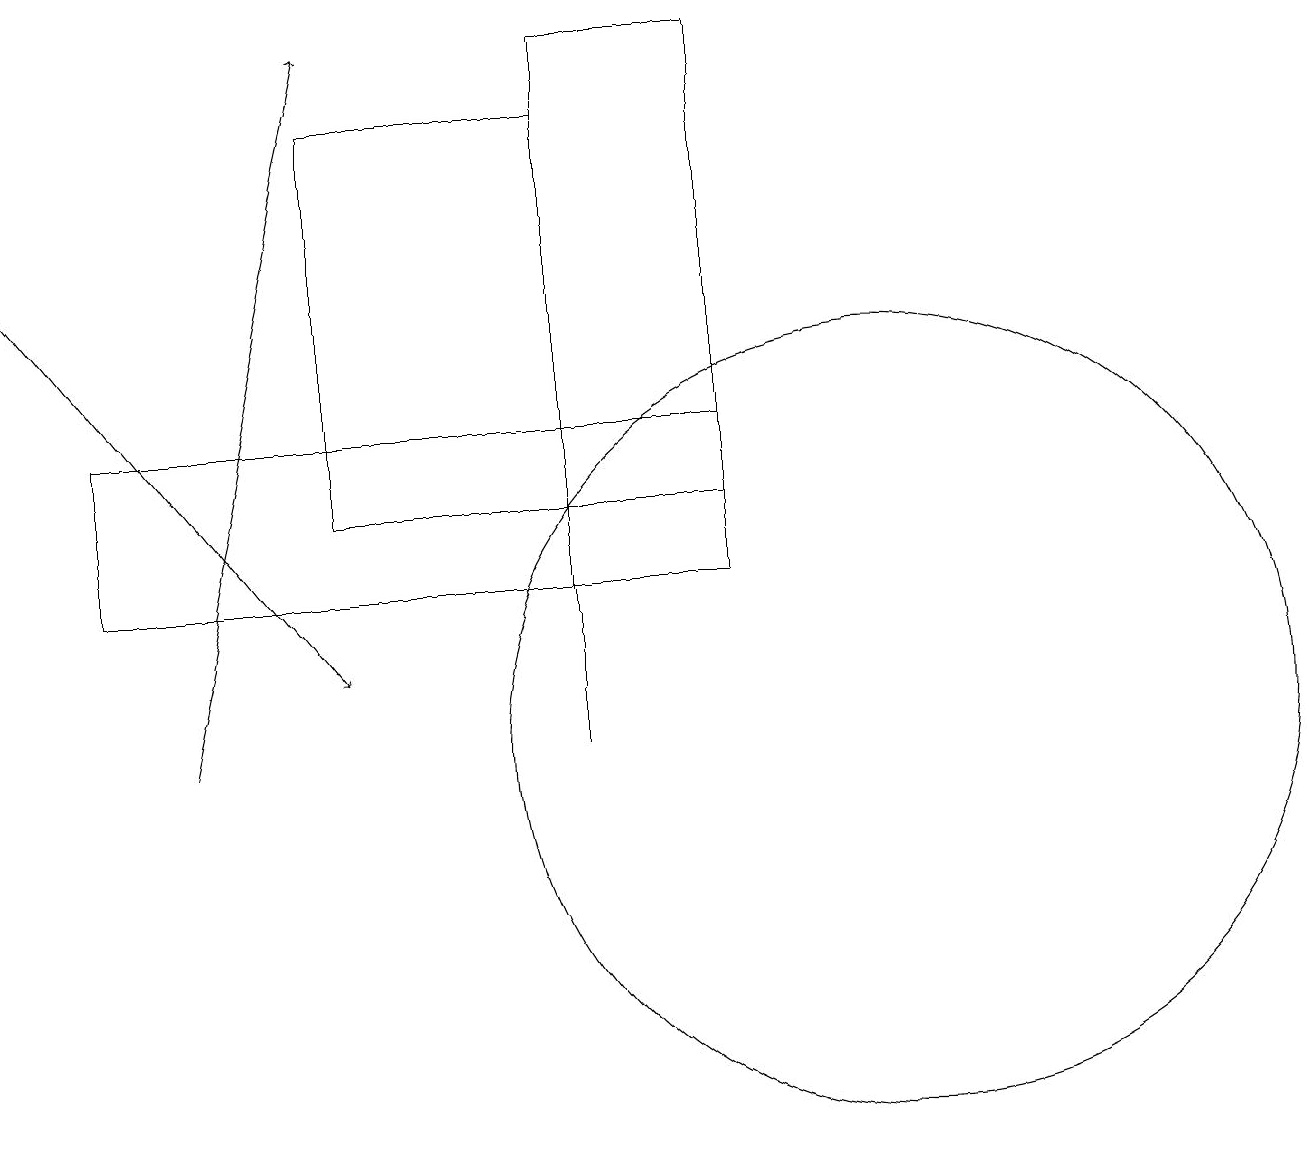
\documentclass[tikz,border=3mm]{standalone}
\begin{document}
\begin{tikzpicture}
\draw[->] (0,16) -- (4,11);
\draw (9,13) rectangle (7,19);
\draw (1,12) rectangle (9,14);
\draw (4,13) rectangle (7,18);
\draw (7,10) rectangle (7,15);
\draw[->] (2,10) -- (4,19);
\draw (11,10) circle (5);
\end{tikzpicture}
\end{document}